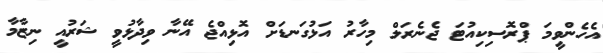
އެހެންވީމަ ޕްރޮސިކިއުޓަ ޖެނެރަލް މިހާރު އަޅުގަނޑަށް އޮޅިއްޖެ އޭނާ ވިދާޅުވީ ޝަރުއީ ނިޒާމާ